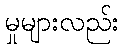
မှုများလည်း